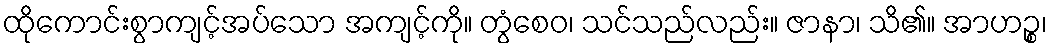
ထိုကောင်းစွာကျင့်အပ်သော အကျင့်ကို။ တွံစေဝ၊ သင်သည်လည်း။ ဇာနာ၊ သိ၏။ အာဟဉ္စ၊